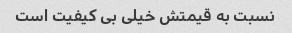
نسبت به قیمتش خیلی بی کیفیت است